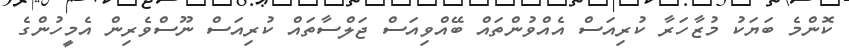
ކޮންމެ ބަޔަކު މުޒާހަރާ ކުރިއަސް އެއްވުންތައް ބޭއްވިއަސް ޖަލްސާތައް ކުރިއަސް ނޫސްވެރިން އެމީހުންގެ